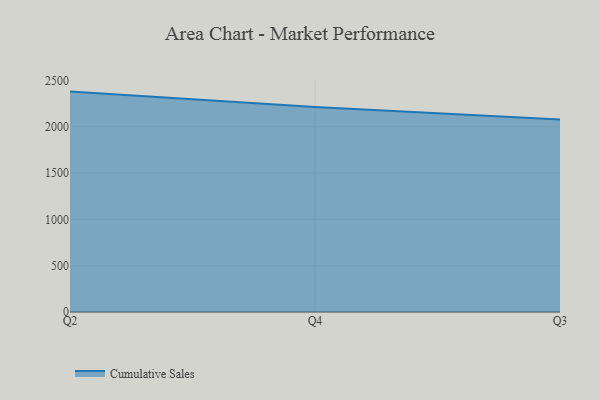
{"axis": {"x": "Quarter", "y": "Website Visitors"}, "legend": ["Cumulative Sales"], "data": [{"x": "Q2", "y": 2379.1, "type": "Cumulative Sales"}, {"x": "Q4", "y": 2212.9, "type": "Cumulative Sales"}, {"x": "Q3", "y": 2077.3, "type": "Cumulative Sales"}]}